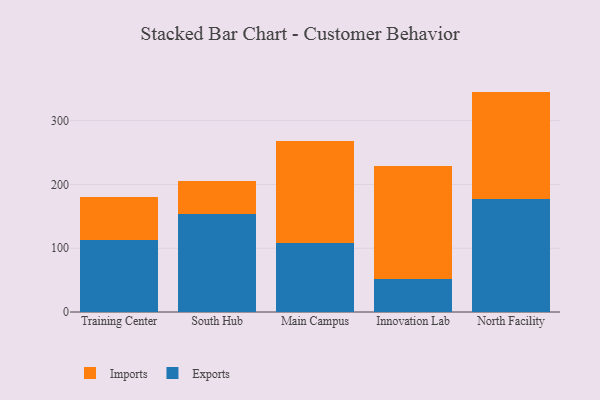
{"axis": {"x": "Campus", "y": "Headcount"}, "legend": ["Exports", "Imports"], "data": [{"x": "Training Center", "y": 112.7, "type": "Exports"}, {"x": "Training Center", "y": 68.4, "type": "Imports"}, {"x": "South Hub", "y": 153.7, "type": "Exports"}, {"x": "South Hub", "y": 51.2, "type": "Imports"}, {"x": "Main Campus", "y": 108.5, "type": "Exports"}, {"x": "Main Campus", "y": 159.0, "type": "Imports"}, {"x": "Innovation Lab", "y": 51.0, "type": "Exports"}, {"x": "Innovation Lab", "y": 178.5, "type": "Imports"}, {"x": "North Facility", "y": 176.9, "type": "Exports"}, {"x": "North Facility", "y": 168.7, "type": "Imports"}]}